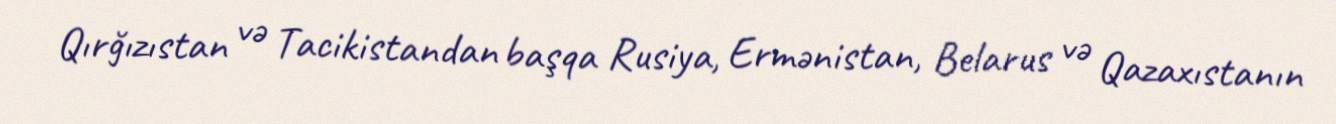
Qırğızıstan və Tacikistandan başqa Rusiya, Ermənistan, Belarus və Qazaxıstanın